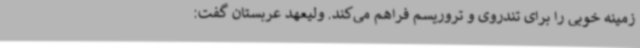
زمینه خوبی را برای تندروی و تروریسم فراهم می‌کند. ولیعهد عربستان گفت: